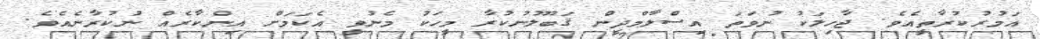
އަމުރުކުރާތީއެވެ. ޖާހިލަކު ނުވަތަ އިސްލާމްދީން ޤަބޫލުނުކުރާ މީހަކު މެނުވީ އެކަމަށް އިންކާރެއް ނުކުރާނެއެވެ.